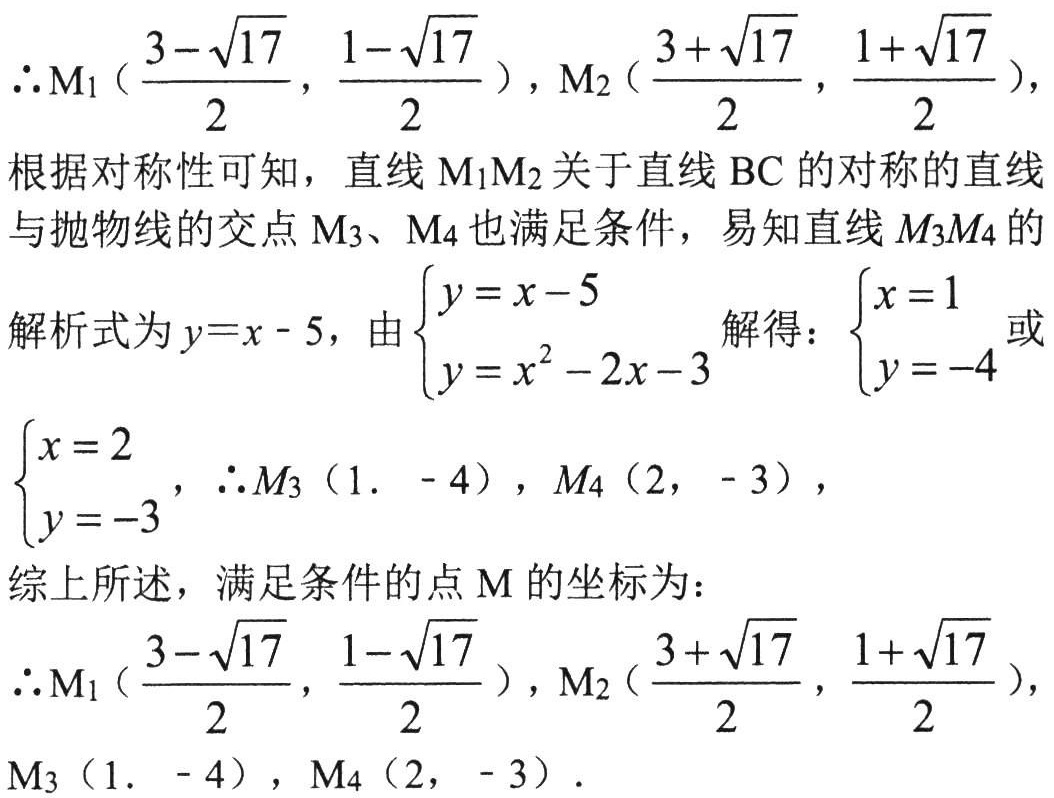
\(\therefore M_1(\frac{3 - \sqrt{17}}{2}, \frac{1 - \sqrt{17}}{2}), M_2(\frac{3 + \sqrt{17}}{2}, \frac{1 + \sqrt{17}}{2}),\)
根据对称性可知，直线\(M_1M_2\)关于直线\(BC\)的对称的直线
与抛物线的交点\(M_3、M_4\)也满足条件，易知直线\(M_3M_4\)的
解析式为\(y = x - 5\)，由\(\begin{cases}y = x - 5\\y = x^2 - 2x - 3\end{cases}\)解得：\(\begin{cases}x = 1\\y = -4\end{cases}\)或
\(\begin{cases}x = 2\\y = -3\end{cases}\)，\(\therefore M_3(1, - 4), M_4(2, - 3),\)
综上所述，满足条件的点\(M\)的坐标为：
\(\therefore M_1(\frac{3 - \sqrt{17}}{2}, \frac{1 - \sqrt{17}}{2}), M_2(\frac{3 + \sqrt{17}}{2}, \frac{1 + \sqrt{17}}{2}),\)
\(M_3(1, - 4), M_4(2, - 3).\)